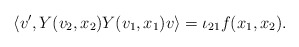
\begin{align*}\left\langle v', Y(v_{2}, x_{2})Y(v_{1}, x_{1})v\right\rangle=\iota_{21}f(x_{1}, x_{2}).\end{align*}